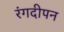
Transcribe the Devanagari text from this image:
रंगदीपन